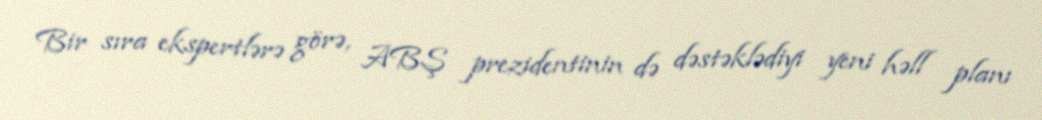
Bir sıra ekspertlərə görə, ABŞ prezidentinin də dəstəklədiyi yeni həll planı